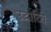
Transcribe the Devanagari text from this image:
उद्धाटित